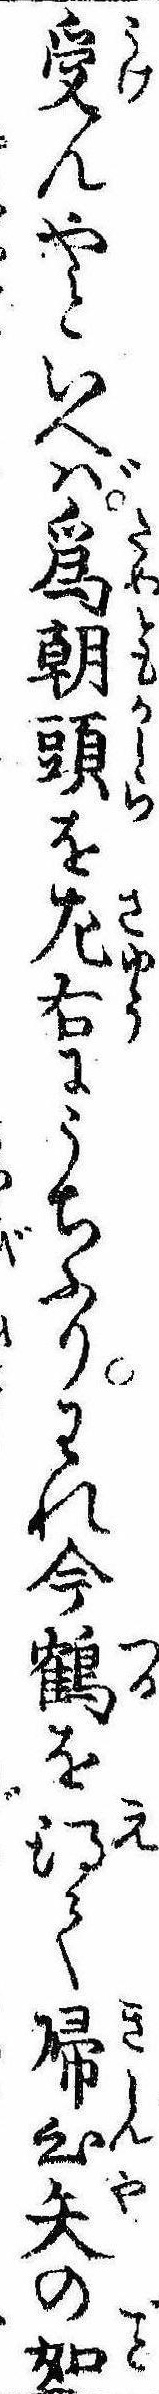
受んやといへば為朝頭を㔫右にうちふりわれ今鶴を得て帰心矢の如